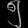
Digit: ၅